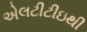
એલટીટીઇથી